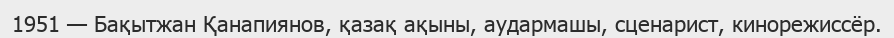
1951 — Бақытжан Қанапиянов, қазақ ақыны, аудармашы, сценарист, кинорежиссёр.